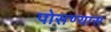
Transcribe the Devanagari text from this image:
पोसण्यास